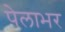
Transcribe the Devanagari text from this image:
पेलाभर